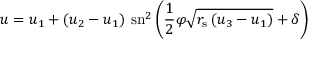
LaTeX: u = u _ { 1 } + \left( u _ { 2 } - u _ { 1 } \right) \, \mathrm { s n } ^ { 2 } \left( { \frac { 1 } { 2 } } \varphi { \sqrt { r _ { \mathrm { { s } } } \left( u _ { 3 } - u _ { 1 } \right) } } + \delta \right)